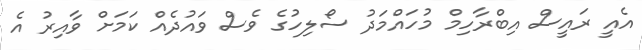
އެއީ ރައީސް އިބްރާހިމް މުހައްމަދު ސޯލިހުގެ ވެސް ވައުދެއް ކަމަށް ވާއިރު އެ